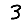
Digit: 3